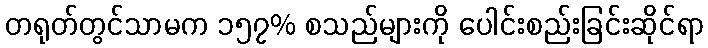
တရုတ်တွင်သာမက ၁၅၇% စသည်များကို ပေါင်းစည်းခြင်းဆိုင်ရာ